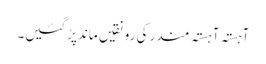
آہستہ آہستہ مندر کی رونقیں ماندپڑگئیں۔